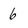
Character: 6